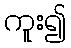
ကူး၍